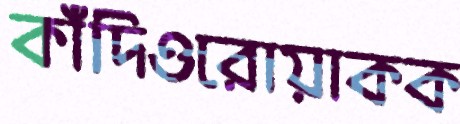
কাঁদিওরোয়াকক